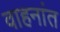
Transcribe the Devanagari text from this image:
वाहनांत